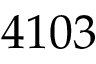
4 1 0 3